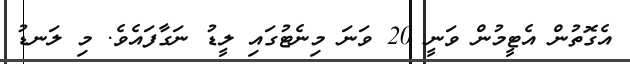
އެގޮތުން އެޓީމުން ވަނީ 20 ވަނަ މިނެޓުގައި ލީޑު ނަގާފައެވެ. މި ލަނޑު